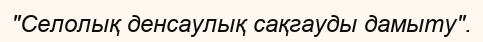
"Селолық денсаулық сақгауды дамыту".